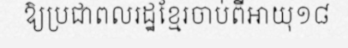
ឱ្យប្រជាពលរដ្ឋខ្មែរចាប់ពីអាយុ១៨